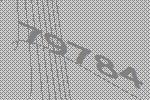
79784